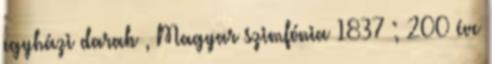
egyházi darab , Magyar szimfónia 1837 ; 200 éve